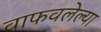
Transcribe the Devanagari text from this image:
वाफवलेल्या